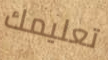
تعليمك